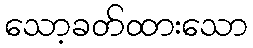
သော့ခတ်ထားသော